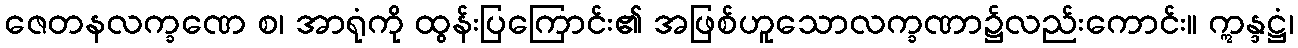
ဇေတနလက္ခဏေ စ၊ အာရုံကို ထွန်းပြကြောင်း၏ အဖြစ်ဟူသောလက္ခဏာ၌လည်းကောင်း။ ဣန္ဒဋ္ဌံ၊